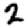
Digit: 2